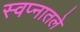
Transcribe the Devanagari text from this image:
स्वप्नातले